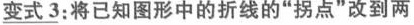
\underline{变式3}：将已知图形中的折线的”拐点”改到两